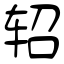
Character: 轺